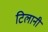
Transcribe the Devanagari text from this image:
टिलानी